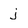
Character: j